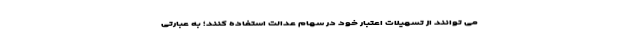
می توانند از تسهیلات اعتبار خود در سهام عدالت استفاده کنند؛ به عبارتی